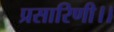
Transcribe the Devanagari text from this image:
प्रसारिणी।।